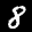
Label: 8